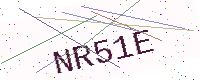
Text: NR51E